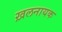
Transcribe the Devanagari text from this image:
ख़लनायक